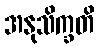
အနုသိက္ခတိ